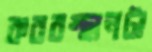
কবরস্থানটা